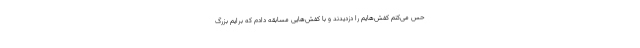
حس می‌کنم کفش‌هایم را دزدیدند و با کفش‌هایی مسابقه دادم که برایم بزرگ